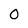
Character: 0